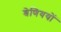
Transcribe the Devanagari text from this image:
श्रेणिययों